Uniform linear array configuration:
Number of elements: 8
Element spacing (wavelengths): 0.75
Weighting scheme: uniform
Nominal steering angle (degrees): -30
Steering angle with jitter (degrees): -28.105
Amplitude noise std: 0.05
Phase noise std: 0.05

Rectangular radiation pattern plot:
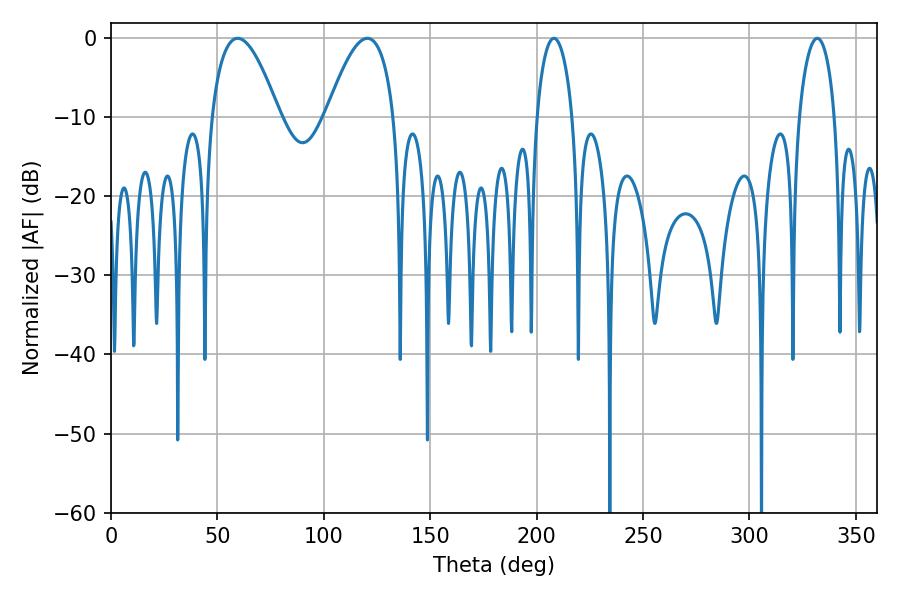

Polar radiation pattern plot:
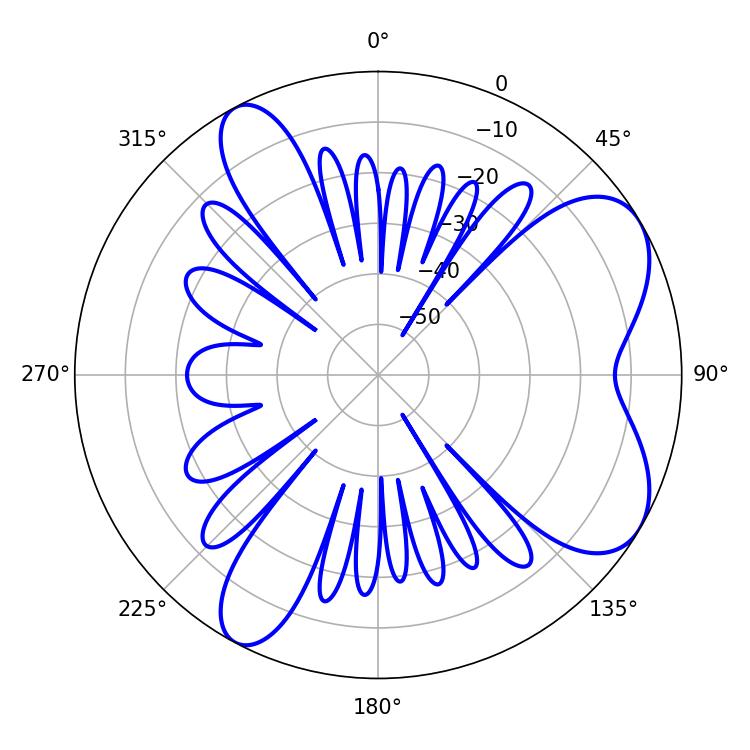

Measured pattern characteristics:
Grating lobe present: TRUE
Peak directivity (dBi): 6.875
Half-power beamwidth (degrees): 17.46
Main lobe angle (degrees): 59.58